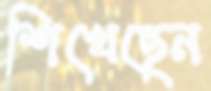
শিখেছেন